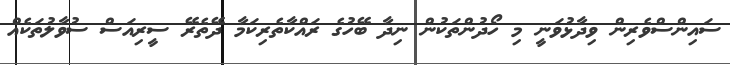
ސައިންސްވެރިން ވިދާޅުވަނީ މި ހޯދުންތަކުން ނިދާ ބޭހުގެ ރައްކާތެރިކަމާ ދޭތެރޭ ސީރިއަސް ސުވާލުތަކެއް